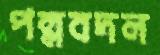
পল্লবদল